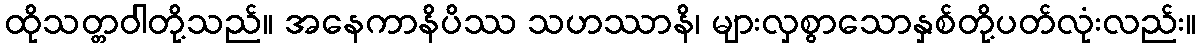
ထိုသတ္တဝါတို့သည်။ အနေကာနိပိဿ သဟဿာနိ၊ များလှစွာသောနှစ်တို့ပတ်လုံးလည်း။